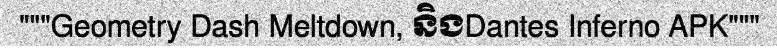
"""Geometry Dash Meltdown, និងDantes Inferno APK"""